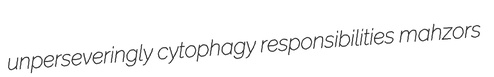
unperseveringly cytophagy responsibilities mahzors